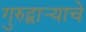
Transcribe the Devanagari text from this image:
गुरुद्वार्‍याचे